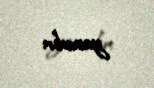
yaradır.